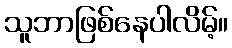
သူဘာဖြစ်နေပါလိမ့်။